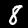
Label: 8